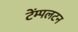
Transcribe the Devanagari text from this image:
टेंम्पलटन